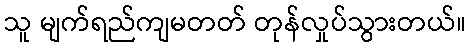
သူ မျက်ရည်ကျမတတ် တုန်လှုပ်သွားတယ်။